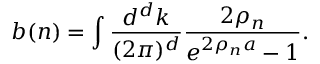
b ( n ) = \int { \frac { d ^ { d } k } { ( 2 \pi ) ^ { d } } } { \frac { 2 \rho _ { n } } { e ^ { 2 \rho _ { n } a } - 1 } } .